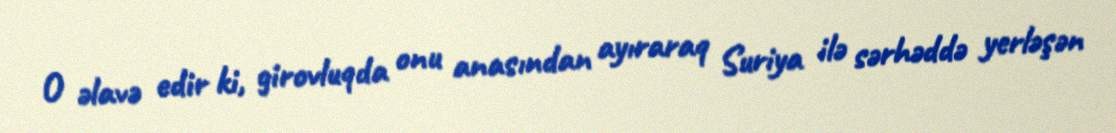
O əlavə edir ki, girovluqda onu anasından ayıraraq Suriya ilə sərhəddə yerləşən